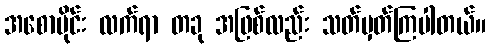
အစောပိုင်း လက်ရာ တခု အဖြစ်လည်း သတ်မှတ်ကြပါတယ်။